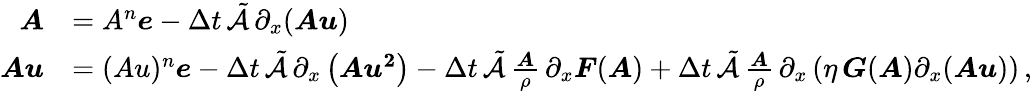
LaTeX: \begin{array}{rl}{\boldsymbol{A}}&{=A^{n}\boldsymbol{e}-\Delta t\, \tilde{\mathcal{A}}\, \partial_{x}(\boldsymbol{Au})}\\ {\boldsymbol{Au}}&{=(Au)^{n}\boldsymbol{e}-\Delta t\, \tilde{\mathcal{A}}\, \partial_{x}\left(\boldsymbol{Au^{2}}\right)-\Delta t\, \tilde{\mathcal{A}}\, \frac{\boldsymbol{A}}{\rho}\, \partial_{x}\boldsymbol{F}(\boldsymbol{A})+\Delta t\, \tilde{\mathcal{A}}\, \frac{\boldsymbol{A}}{\rho}\, \partial_{x}\left(\eta\, \boldsymbol{G}(\boldsymbol{A})\partial_{x}(\boldsymbol{Au})\right)\, ,}\end{array}